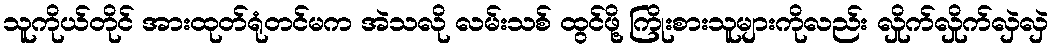
သူကိုယ်တိုင် အားထုတ်ရုံတင်မက အဲသလို လမ်းသစ် ထွင်ဖို့ ကြိုးစားသူများကိုလည်း လှိုက်လှိုက်လှဲလှဲ